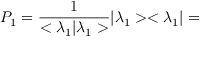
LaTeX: P _ { 1 } = \frac { 1 } { < { \lambda } _ { 1 } | { \lambda } _ { 1 } > } | { \lambda } _ { 1 } > < { \lambda } _ { 1 } | =